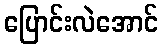
ပြောင်းလဲအောင်